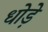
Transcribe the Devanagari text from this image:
धोड़े